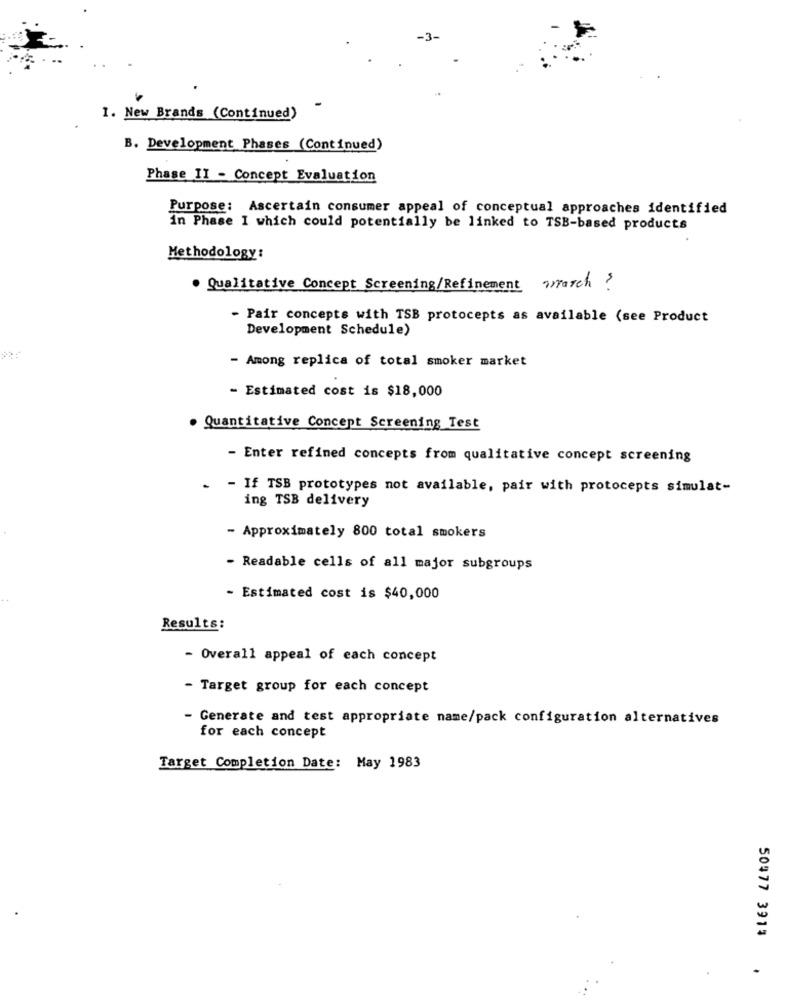
-
1. New Brands (Continued)
B. Development Phases (Continued)
Phase II - Concept Evaluation
Purpose: Ascertain consumer appeal of conceptual approaches identified
In Phase I which could potentially be linked to TSB-based products
Methodology:
. Qualitative Concept Screening/Refinement anarch ?
- Pair concepts with TSB protocepts as available (see Product
Development Schedule)
- Among replica of total smoker market
- Estimated cost is $18,000
. Quantitative Concept Screening Test
- Enter refined concepts from qualitative concept screening
-
- If TSB prototypes not available, pair with protocepts simulat-
ing TSB delivery
- Approximately 800 total smokers
- Readable cells of all major subgroups
- Estimated cost is $40,000
Results:
- Overall appeal of each concept
- Target group for each concept
- Generate and test appropriate name/pack configuration alternatives
for each concept
Target Completion Date: May 1983
LLEE LLEOS
.
-